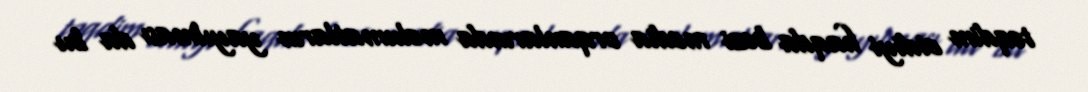
təqdim etdiyi haqda bəzi media orqanlarında məlumatların yayılması da bu